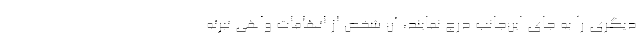
دیگری را به جای این‌جانب درج نمایند، آن شخص از اتهامات واهی تبرئه